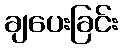
ချပေးခြင်း